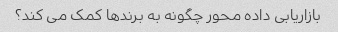
بازاریابی داده محور چگونه به برندها کمک می کند؟